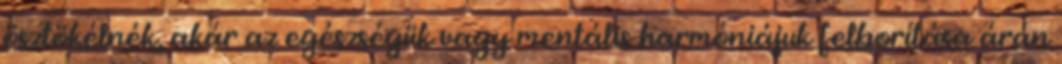
ösztökélnék, akár az egészségük vagy mentális harmóniájuk felborítása árán